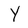
Character: Y